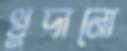
খুদানো